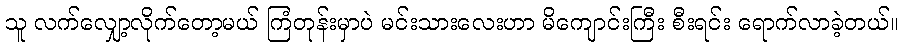
သူ လက်လျှော့လိုက်တော့မယ် ကြံတုန်းမှာပဲ မင်းသားလေးဟာ မိကျောင်းကြီး စီးရင်း ရောက်လာခဲ့တယ်။